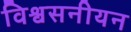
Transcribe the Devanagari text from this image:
विश्वसनीयन